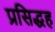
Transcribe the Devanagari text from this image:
प्रसिद्धह